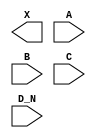
module sky130_fd_sc_hd__or4b (
    X  ,
    A  ,
    B  ,
    C  ,
    D_N
);

    output X  ;
    input  A  ;
    input  B  ;
    input  C  ;
    input  D_N;

    // Voltage supply signals
    supply1 VPWR;
    supply0 VGND;
    supply1 VPB ;
    supply0 VNB ;

endmodule